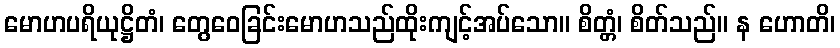
မောဟပရိယုဋ္ဌိတံ၊ တွေဝေခြင်းမောဟသည်ထိုးကျင့်အပ်သော။ စိတ္တံ၊ စိတ်သည်။ န ဟောတိ၊